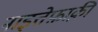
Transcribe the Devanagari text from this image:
नाइत्तेफ़ाक़ी